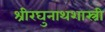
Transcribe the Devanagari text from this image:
श्रीरघुनाथशास्त्री